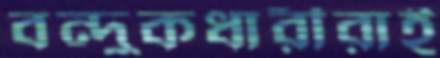
বন্দুকধারীরাই